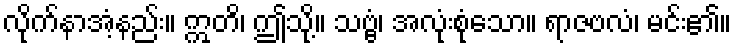
လိုက်နာအံ့နည်း။ ဣတိ၊ ဤသို့။ သဗ္ဗံ၊ အလုံးစုံသော။ ရာဇဗလံ၊ မင်း၏။